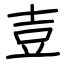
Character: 壴